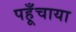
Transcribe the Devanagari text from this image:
पहूँचाया